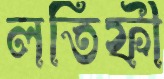
লতিফী